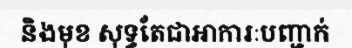
និងមុខ សុទ្ធតែជាអាការៈបញ្ជាក់